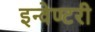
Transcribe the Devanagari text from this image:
इन्वेण्टरी